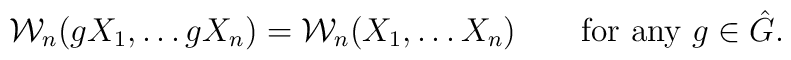
{\cal W}_{n}(gX_1, \ldots gX_n) =  {\cal W}_{n}(X_1, \ldots X_n) \qquad \mbox{for any } g\in {\hat G}.